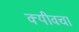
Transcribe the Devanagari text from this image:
क्यीवचा